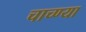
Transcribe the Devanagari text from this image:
चाच्ण्या